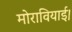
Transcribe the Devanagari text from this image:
मोरावियाई।